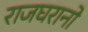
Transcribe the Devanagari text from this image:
राजघरानो